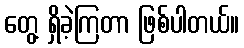
တွေ့ ရှိခဲ့ကြတာ ဖြစ်ပါတယ်။